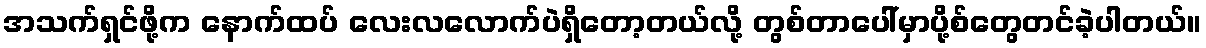
အသက်ရှင်ဖို့က နောက်ထပ် လေးလလောက်ပဲရှိတော့တယ်လို့ တွစ်တာပေါ်မှာပို့စ်တွေတင်ခဲ့ပါတယ်။